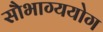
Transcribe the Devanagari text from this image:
सौभाग्ययोग